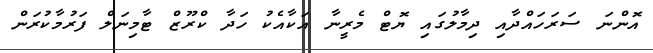
އޮންނަ ސަރަހައްދާއި ދިމާލުގައި ޔޮޓް މެރީނާ އަކާއެކު ހަދާ ކްރޫޒް ޓާމިނަލް ފަރުމާކުރަން